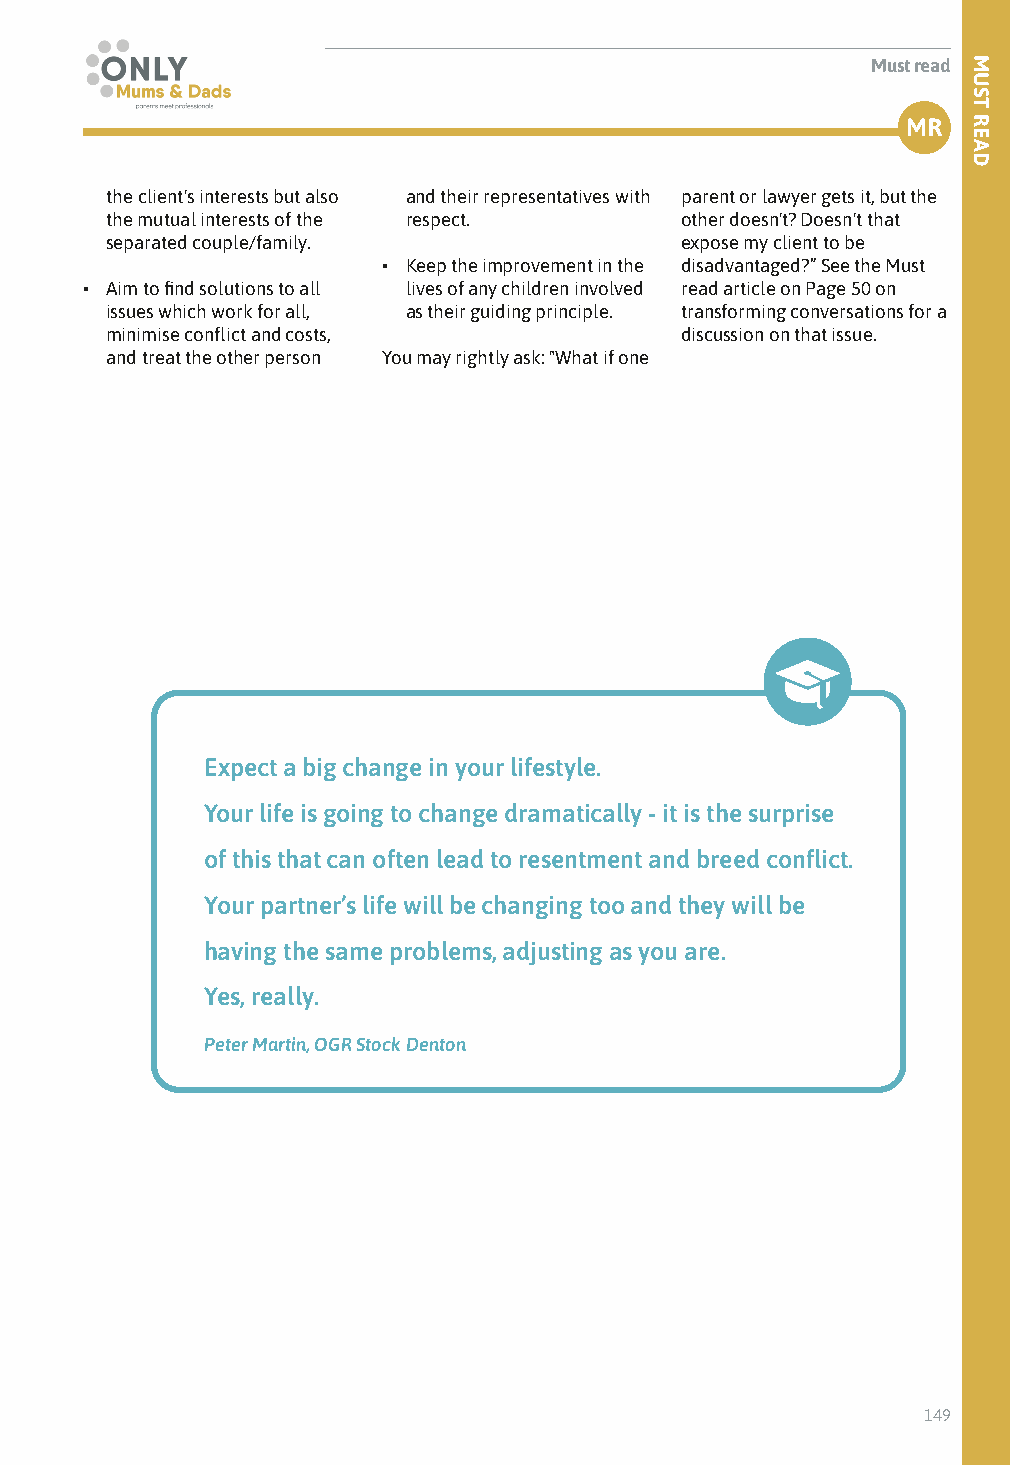
Must read
 MR
 the client's interests but also and their representatives with parent or lawyer gets it, but the
 the mutual interests of the respect.  other doesn't? Doesn't that
 separated couple/family.              expose my client to be
 • Keep the improvement in the disadvantaged?” See the Must
 • Aim to find solutions to all lives of any children involved read article on Page 50 on
 issues which work for all, as their guiding principle. transforming conversations for a
 minimise conflict and costs,          discussion on that issue.
 and treat the other person You may rightly ask: "What if one
 Expect a big change in your lifestyle.
 Your life is going to change dramatically - it is the surprise
 of this that can often lead to resentment and breed conflict.
 Your partner’s life will be changing too and they will be
 having the same problems, adjusting as you are.
 Yes, really.
 Peter Martin, OGR Stock Denton
 149
 MUST
 READ